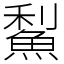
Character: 䱘